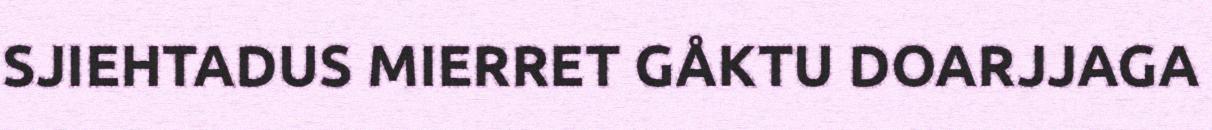
SJIEHTADUS MIERRET GÅKTU DOARJJAGA